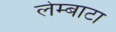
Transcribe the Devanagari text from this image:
लेम्बाटा